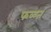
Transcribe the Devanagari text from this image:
फळतं